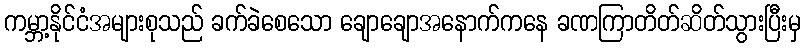
ကမ္ဘာ့နိုင်ငံအများစုသည် ခက်ခဲစေသော ချောချောအနောက်ကနေ ခဏကြာတိတ်ဆိတ်သွားပြီးမှ